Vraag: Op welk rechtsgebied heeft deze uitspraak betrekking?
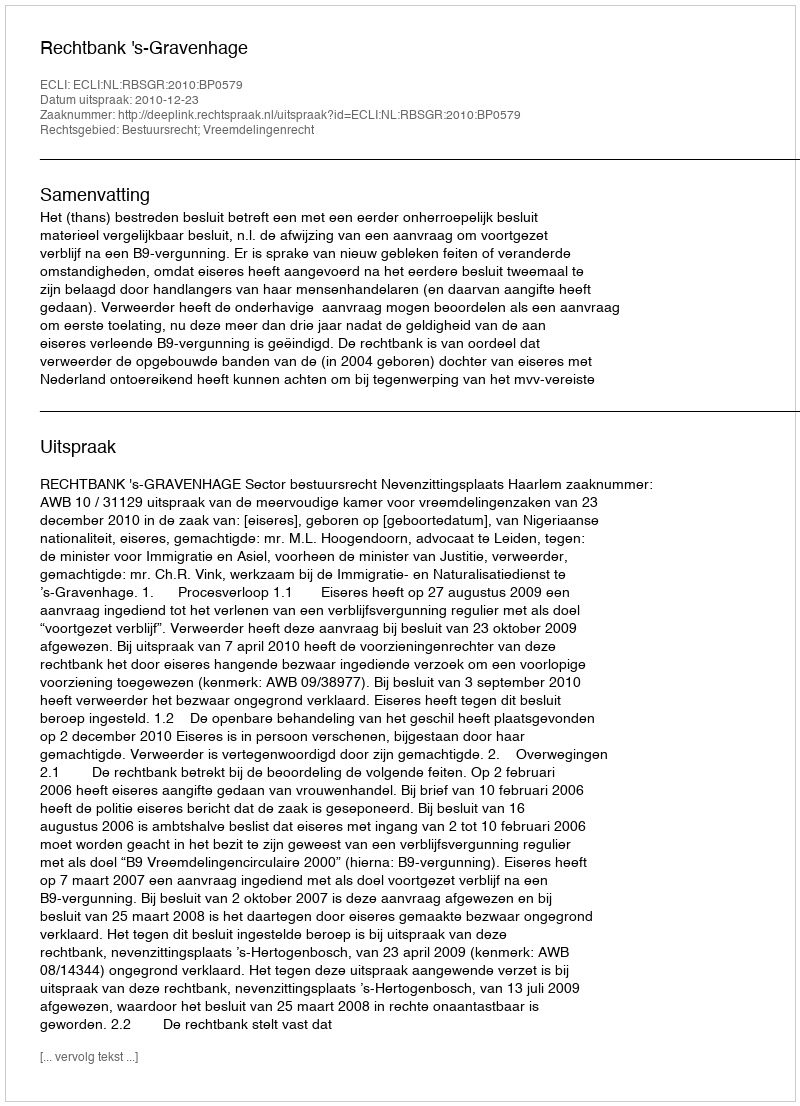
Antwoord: Bestuursrecht; Vreemdelingenrecht